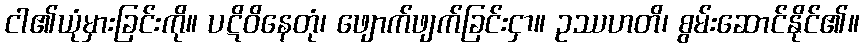
ငါ၏ယုံမှားခြင်းကို။ ပဋိဝိနေတုံ၊ ဖျောက်ဖျက်ခြင်းငှာ။ ဥဿဟတိ၊ စွမ်းဆောင်နိုင်၏။